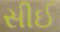
સીઈ